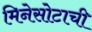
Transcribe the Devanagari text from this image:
मिनेसोटाची